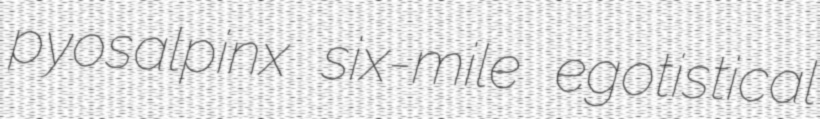
pyosalpinx six-mile egotistical